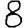
Digit: 8